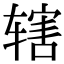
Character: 辖